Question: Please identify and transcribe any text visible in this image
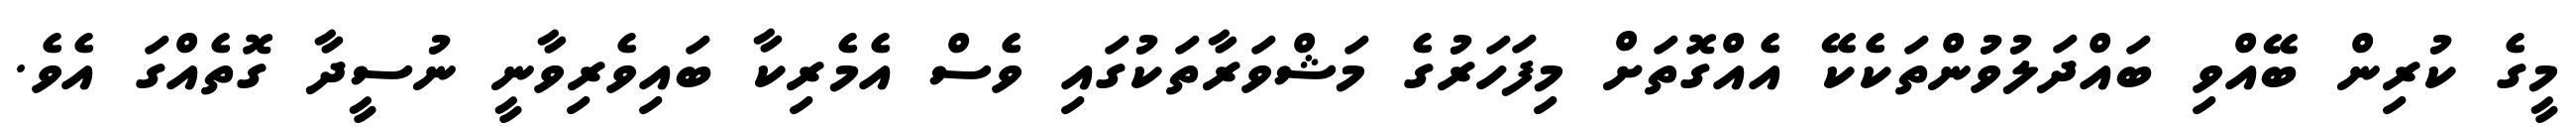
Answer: މީގެ ކުރިން ބޭއްވި ބައްދަލުވުންތަކެކޭ އެއްގޮތަށް މިފަހަރުގެ މަޝްވަރާތަކުގައި ވެސް އެމެރިކާ ބައިވެރިވާނީ ނުސީދާ ގޮތެއްގަ އެވެ.